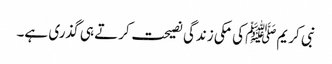
نبی کریمﷺ کی مکی زندگی نصیحت کرتے ہی گذری ہے۔